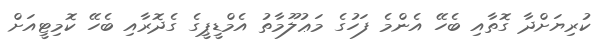
ކުރިޔަށްދާ ގޮތާއި ބެހޭ އެންމެ ފަހުގެ މަޢުލޫމާތު އެމްޑީޕީގެ ގެދޮރާއި ބެހޭ ކޮމިޓީއަށް